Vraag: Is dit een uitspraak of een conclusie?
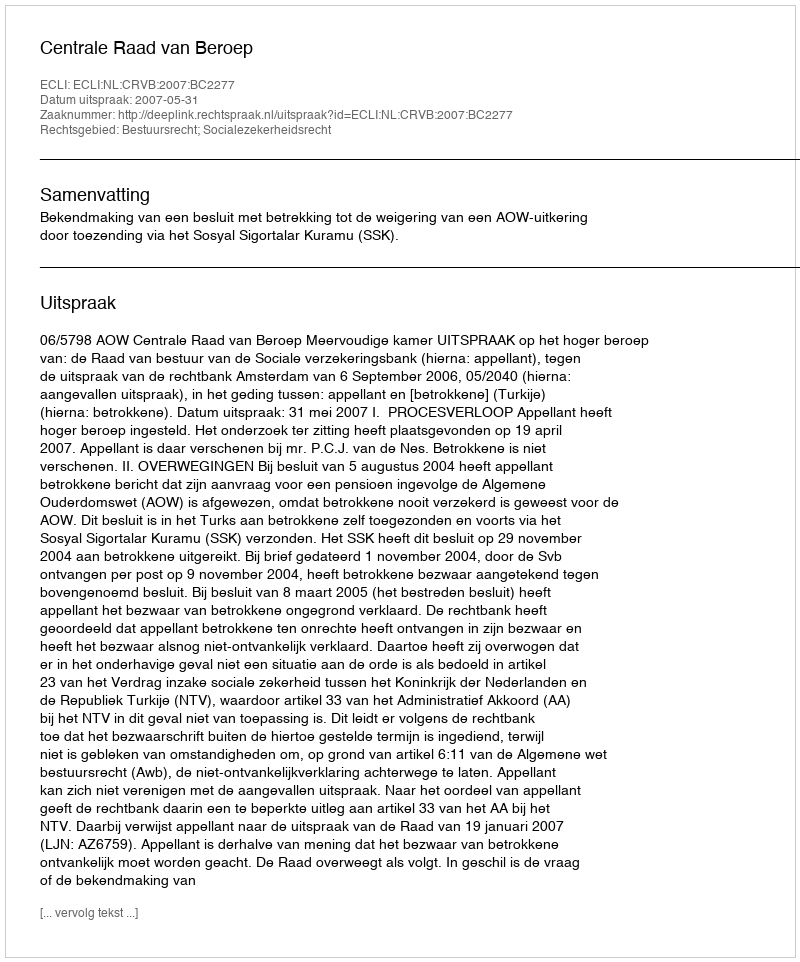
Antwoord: Uitspraak